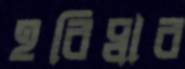
হরিদ্বার